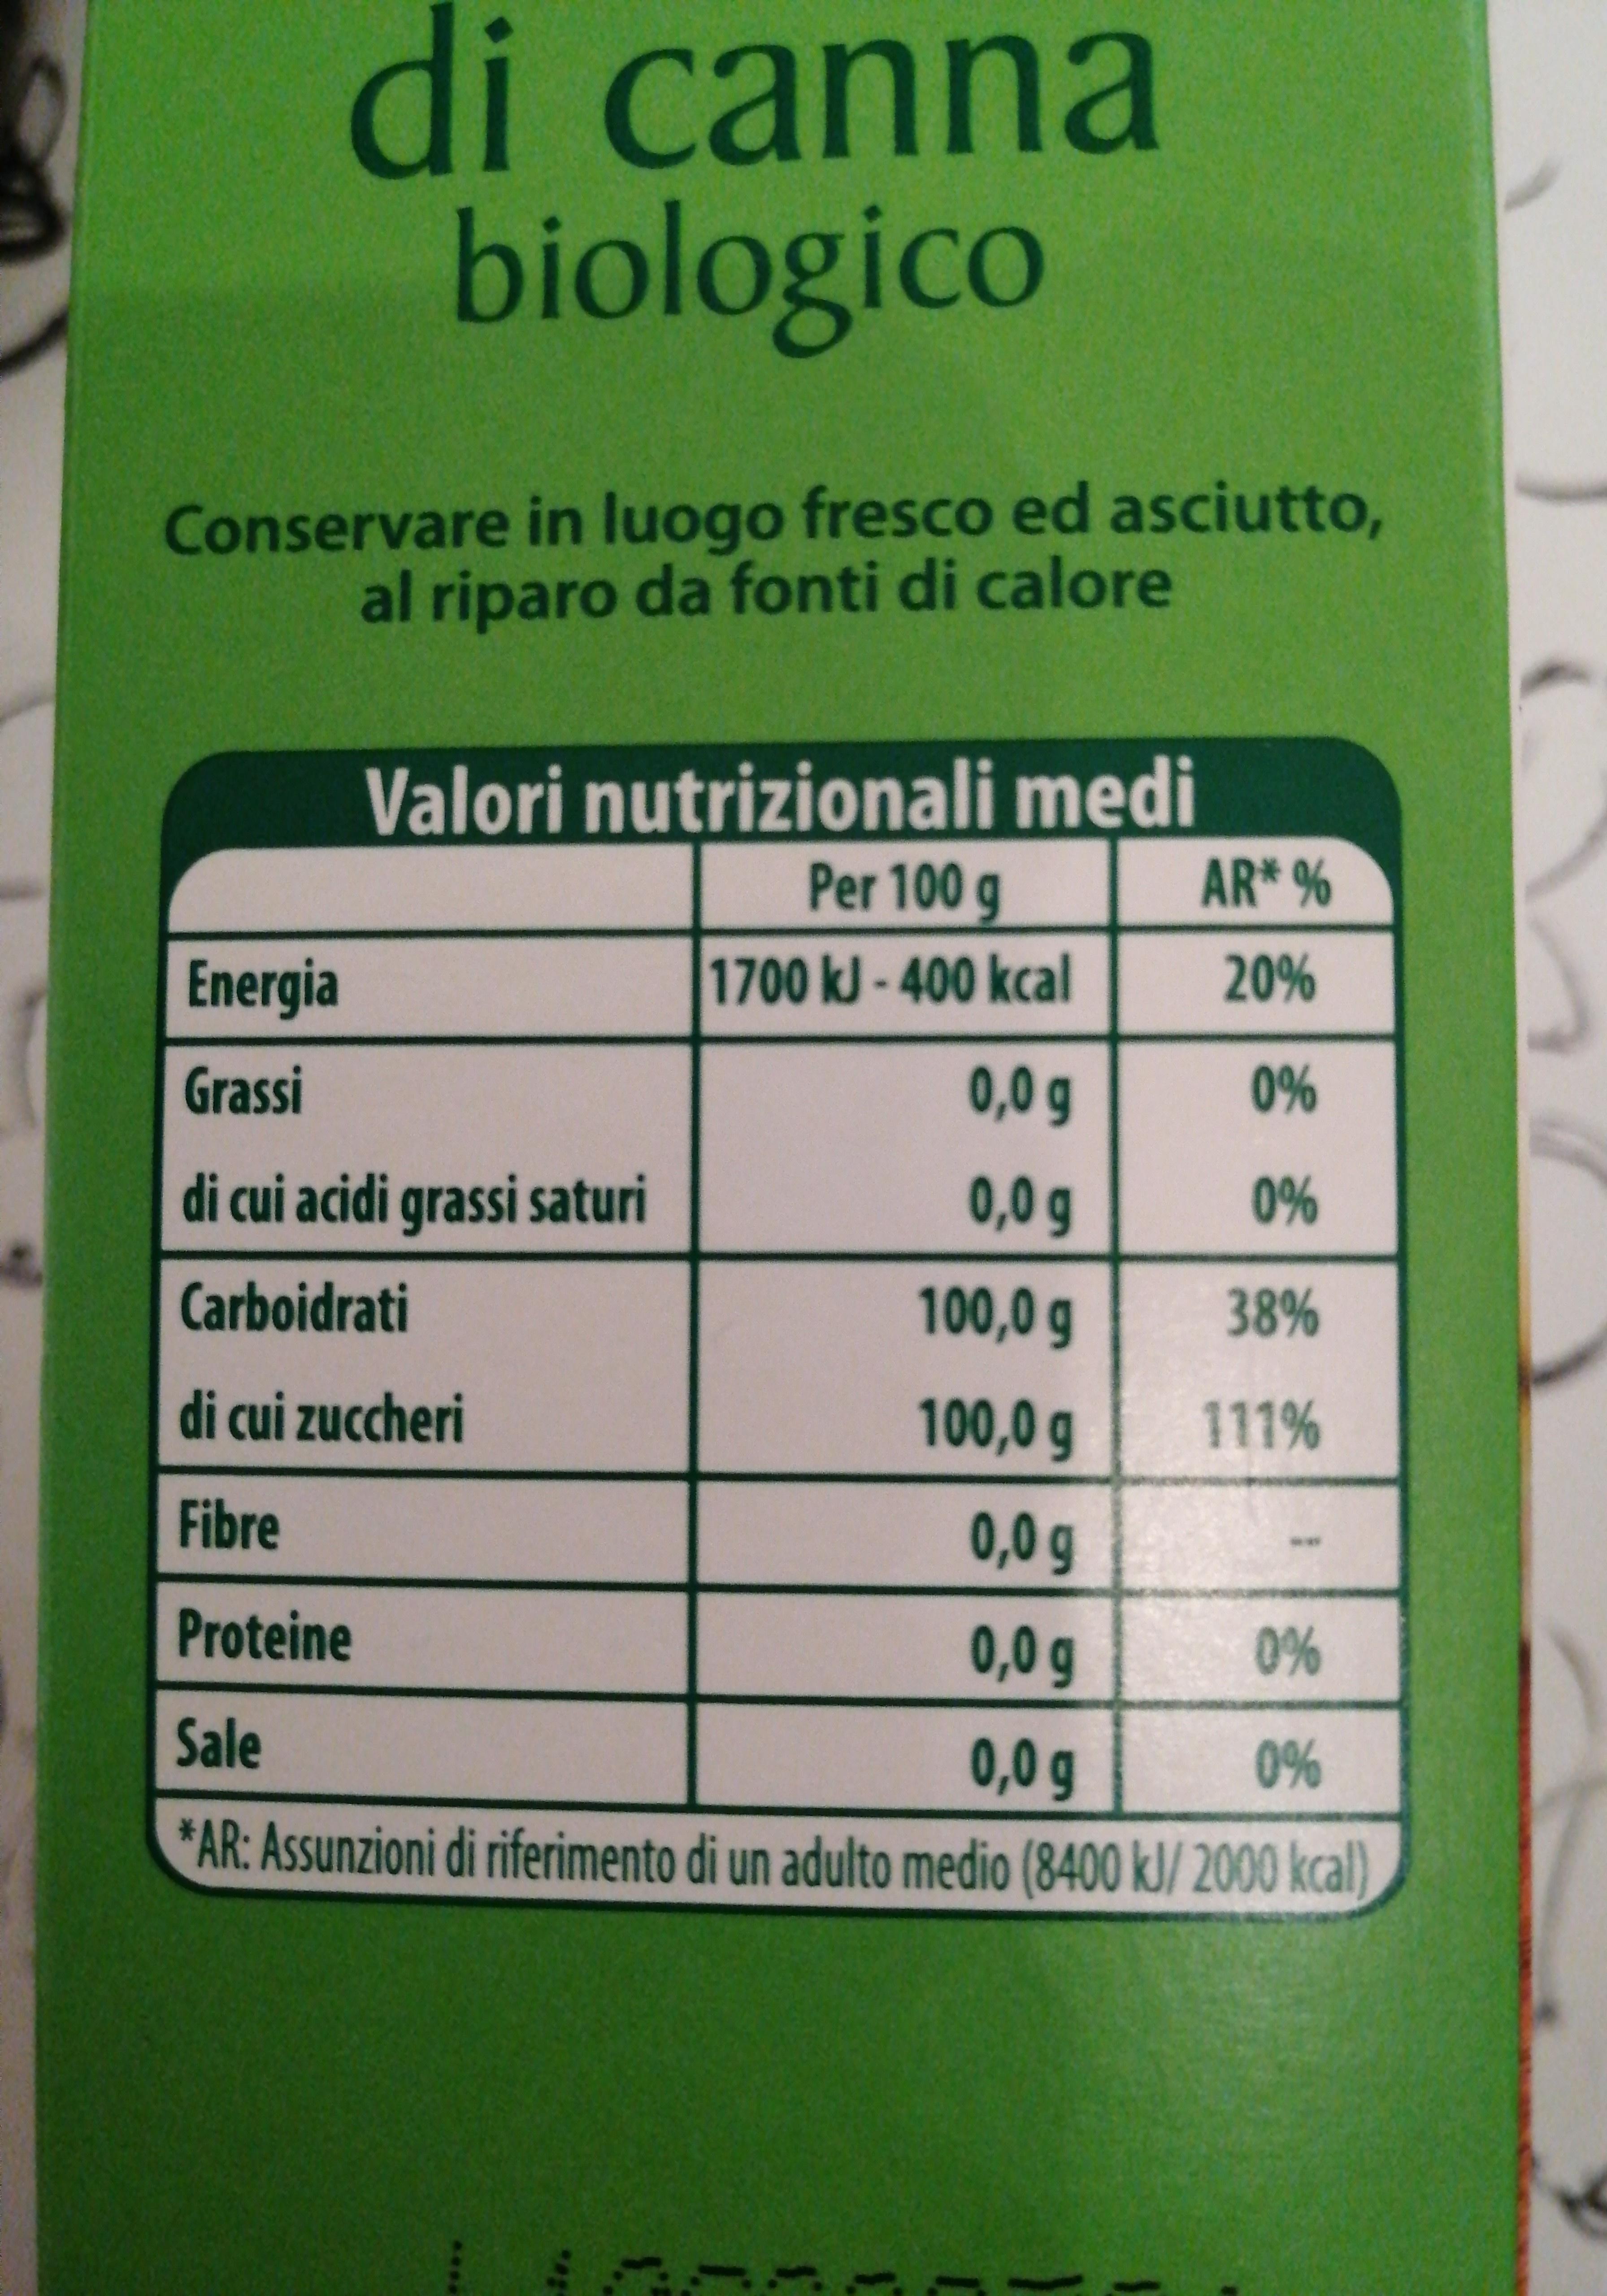
di
i canna biologico
са
Conservare in luogo fresco ed asciutto, al riparo da fonti di calore
Valori nutrizionali medi
Per 100 g
AR* %
Energia
1700 kJ - 400 kcal
20%
Grassi
0,0 g
0%
di cui acidi grassi saturi
0,0 g
0%
Carboidrati
100,0 g
38%
di cui zuccheri
100,0 q
111%
Fibre
0,0 g
***
Proteine
0,0 g
0%
Sale
0,0 g
0%
*AR: Assunzioni di riferimento di un adulto medio (8400 kJ/ 2000 kcal)
***